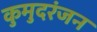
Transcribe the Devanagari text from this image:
कुमुदरंजन